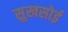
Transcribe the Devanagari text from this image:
सुखसोई